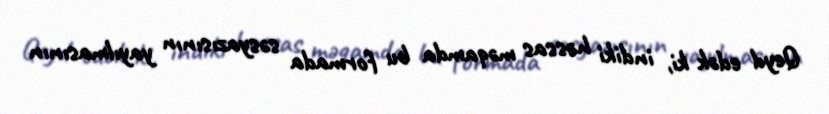
Qeyd edək ki, indiki həssas məqamda bu formada səsyazısının yayılmasının